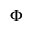
\Phi